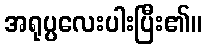
အရုပ္ပလေးပါးပြီး၏။